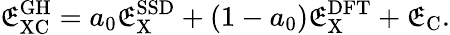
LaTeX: \mathfrak{E}_{\mathrm{{XC}}}^{\mathrm{{GH}}}=a_{0}\mathfrak{E}_{\mathrm{{X}}}^{\mathrm{{SSD}}}+(1-a_{0})\mathfrak{E}_{\mathrm{{X}}}^{\mathrm{{DFT}}}+\mathfrak{E}_{\mathrm{{C}}}.